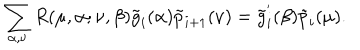
\sum _ { \alpha , \nu } R ( \mu , \alpha ; \nu , \beta ) \tilde { g } _ { i } ( \alpha ) \tilde { p } _ { i + 1 } ( \nu ) = \tilde { g } _ { i } ^ { ' } ( \beta ) \tilde { p } _ { i } ( \mu ) .